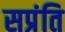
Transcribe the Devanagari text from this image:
सप्रंति